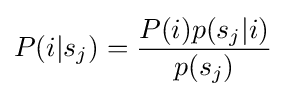
P(i|s_{j})={\frac {P(i)p(s_{j}|i)}{p(s_{j})}}